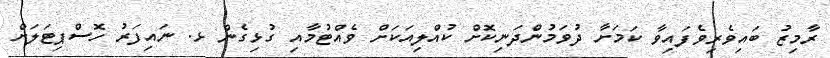
ރާމިޒު ބައިވެރިވެފައިވާ ކަމަށާ ދުވަމުންދަނިކޮށް ކުއްލިއަކަށް ވެއްޓުމާއި ގުޅިގެން ޅ. ނައިފަރު ހޮސްޕިޓަލަށް